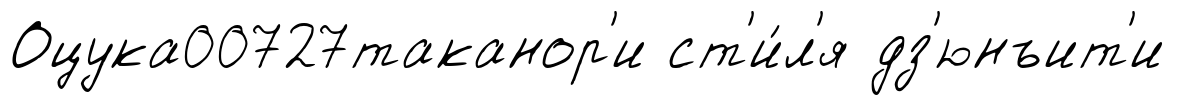
Оцука00727таканор'и ст'и́л'я дз'юнъит'и